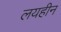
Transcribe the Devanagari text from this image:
लयहीन